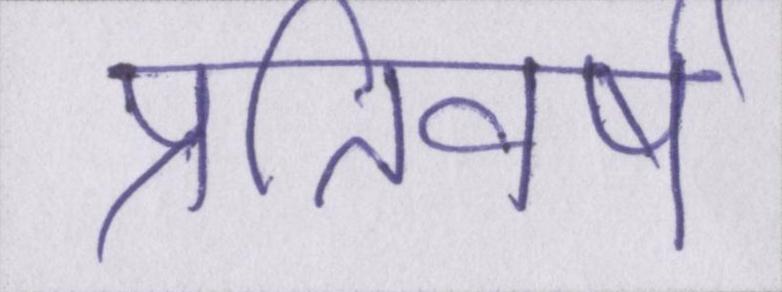
प्रतिवर्ष